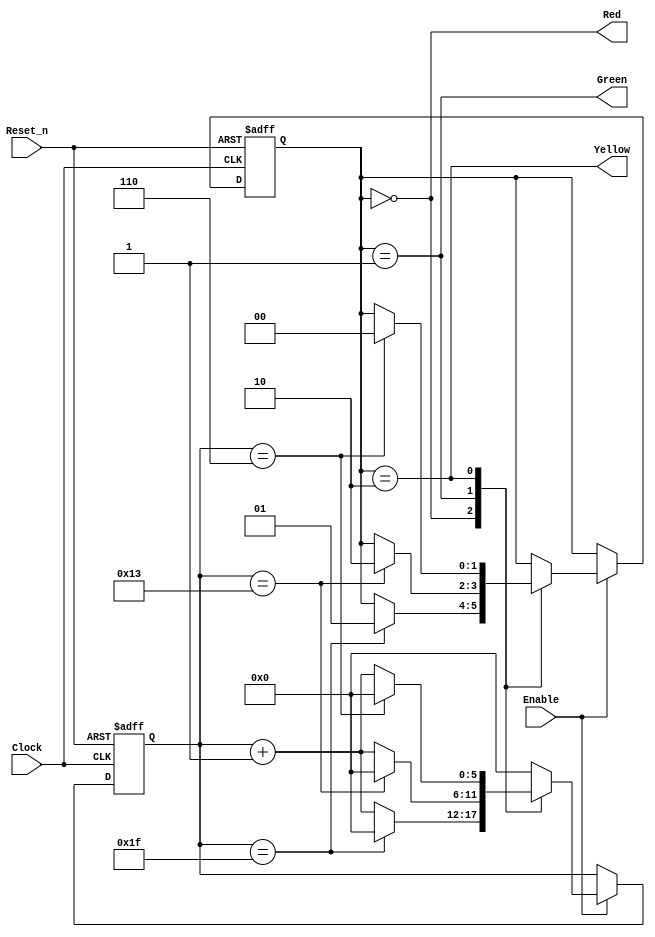
module traffic_light (
    input wire Clock,
    input wire Reset_n,
    input wire Enable,
    output reg Red,
    output reg Yellow,
    output reg Green
);

// Define state encoding
localparam RED = 2'b00, GREEN = 2'b01, YELLOW = 2'b10;

reg [1:0] state, next_state;
reg [5:0] counter;

// State transition
always @(posedge Clock or negedge Reset_n) begin
    if (~Reset_n) begin
        state <= RED;
        counter <= 6'd0;
    end else if (Enable) begin
        state <= next_state;
        case (state)
            RED:    counter <= (counter == 6'd31) ? 6'd0 : counter + 6'd1;
            GREEN:  counter <= (counter == 6'd19) ? 6'd0 : counter + 6'd1;
            YELLOW: counter <= (counter == 6'd6)  ? 6'd0 : counter + 6'd1;
            default: counter <= 6'd0;
        endcase
    end
end

// Next state logic
always @(*) begin
    next_state = state;
    case (state)
        RED:    if (counter == 6'd31) next_state = GREEN;
        GREEN:  if (counter == 6'd19) next_state = YELLOW;
        YELLOW: if (counter == 6'd6)  next_state = RED;
    endcase
end

// Output logic
always @(*) begin
    Red = (state == RED);
    Yellow = (state == YELLOW);
    Green = (state == GREEN);
end

endmodule